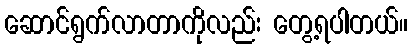
ဆောင်ရွက်လာတာကိုလည်း တွေ့ရပါတယ်။